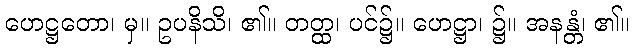
ဟေဋ္ဌတော၊ မှ။ ဥပနိသိ၊ ၏။ တတ္ထ၊ ပင်၌။ ဟေဋ္ဌာ၊ ၌။ အနန္တံ၊ ၏။